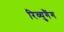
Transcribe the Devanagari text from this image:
रिव्युगैंग